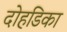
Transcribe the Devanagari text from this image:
दोहडिका